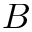
B